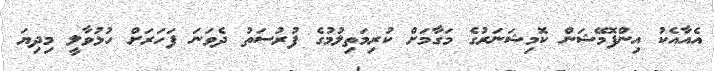
އެއާއެކު އިންފޮމޭޝަން ކޮމިޝަނަރުގެ މަގާމަށް ކުރިމަތިލުމުގެ ފުރުސަތު ދެވަނަ ފަހަރަށް ހުޅުވާލީ މިދިޔަ